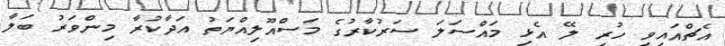
އެޗްއައިވީ ހުރި ލޭ އެޅި މައްސަލަ ސަރުކާރުގެ މަސްއޫލިއްޔަތު އަދާކުރާ މިންވަރު ބަލާ